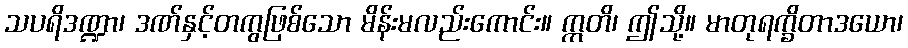
သပရိဒဏ္ဍာ၊ ဒဏ်နှင့်တကွဖြစ်သော မိန်းမလည်းကောင်း။ ဣတိ၊ ဤသို့။ မာတုရက္ခိတာဒယော၊